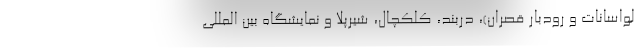
لواسانات و رودبار قصران)، دربند، کلکچال، شیرپلا و نمایشگاه بین المللی